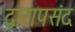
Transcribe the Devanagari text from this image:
द्वारापसंद